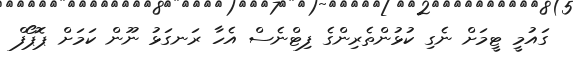
ގައުމީ ޓީމަށް ނެގި ކުޅުންތެރިންގެ ފިޓްނެސް އެހާ ރަނގަޅު ނޫން ކަމަށް ޕޮޕޯފް